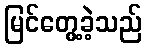
မြင်တွေ့ခဲ့သည်